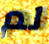
لم